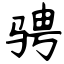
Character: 骋